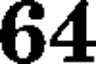
64